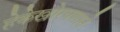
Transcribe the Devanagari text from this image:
हेकेखोरपणाने